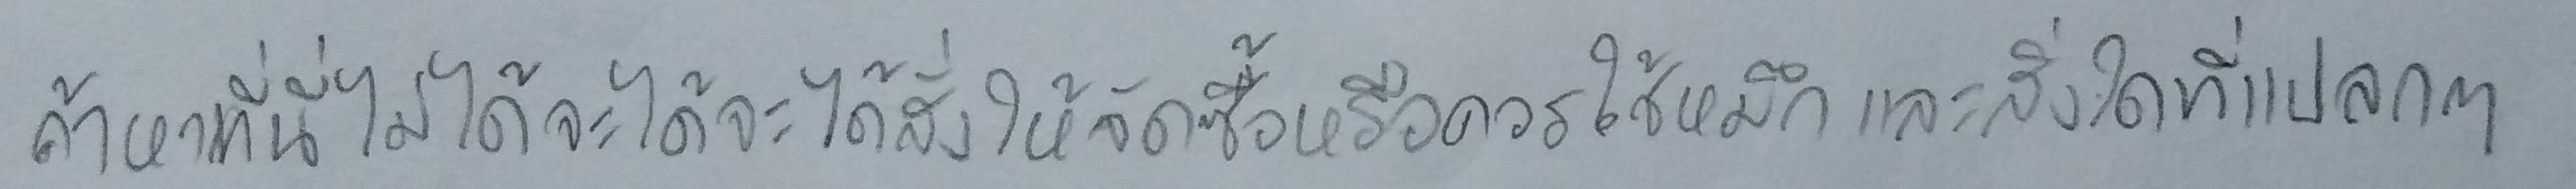
ถ้าหาที่นี่ไม่ได้จะได้สั่งให้จัดซื้อหรือควรใช้หมึกและสิ่งใดที่แปลกๆ